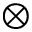
\otimes